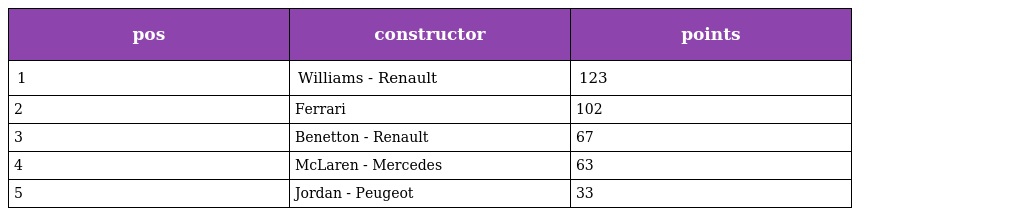
| pos | constructor | points |
 | --- | --- | --- |
 | 1 | Williams - Renault | 123 |
 | 2 | Ferrari | 102 |
 | 3 | Benetton - Renault | 67 |
 | 4 | McLaren - Mercedes | 63 |
 | 5 | Jordan - Peugeot | 33 |